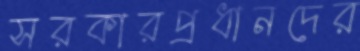
সরকারপ্রধানদের